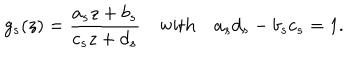
g _ { s } ( z ) = \frac { a _ { s } z + b _ { s } } { c _ { s } z + d _ { s } } \quad \mathrm { { w i t h } } \quad a _ { s } d _ { s } - b _ { s } c _ { s } = 1 .